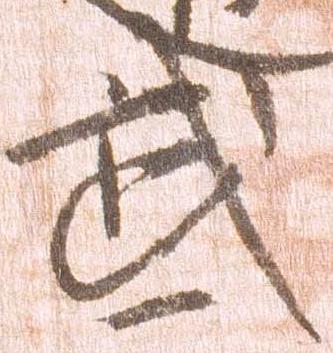
武